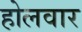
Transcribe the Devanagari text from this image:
होलवार